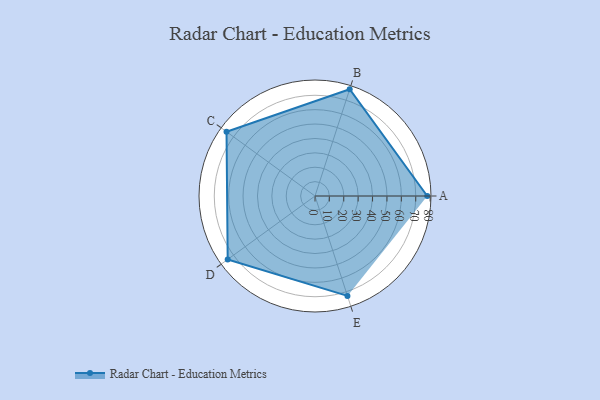
{"axis": {"x": "Skill", "y": "Score"}, "legend": ["Profile"], "data": [{"x": "A", "y": 78.0, "type": "Profile"}, {"x": "B", "y": 78.0, "type": "Profile"}, {"x": "C", "y": 76.0, "type": "Profile"}, {"x": "D", "y": 75.0, "type": "Profile"}, {"x": "E", "y": 73.0, "type": "Profile"}]}